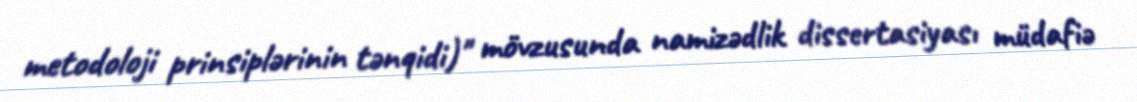
metodoloji prinsiplərinin tənqidi)" mövzusunda namizədlik dissertasiyası müdafiə